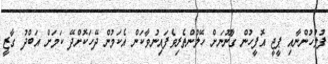
ފުލުހުންނާއި ޕީޖީ އޮފީހުން ގާނޫނަށް ހޭލުންތެރިވެފައިނުވާކަން އެކަމުން ދޭހަކޮށްދޭ ކަމަށް އަބްދު ގާޒީ